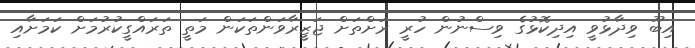
އިބޫ ވިދާޅުވީ އިދިކޮޅުގެ ވިސްނުން ހުރީ ރަށްތަށް ޖަޒީރާވަންތަކަން މަތީ ތަރައްގީކުރުމަށް ކަމަށާއި